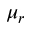
\mu _ { r }